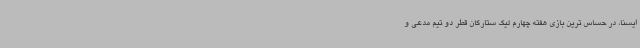
ایسنا، در حساس ترین بازی هفته چهارم لیگ ستارگان قطر دو تیم مدعی و